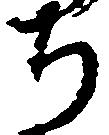
ち